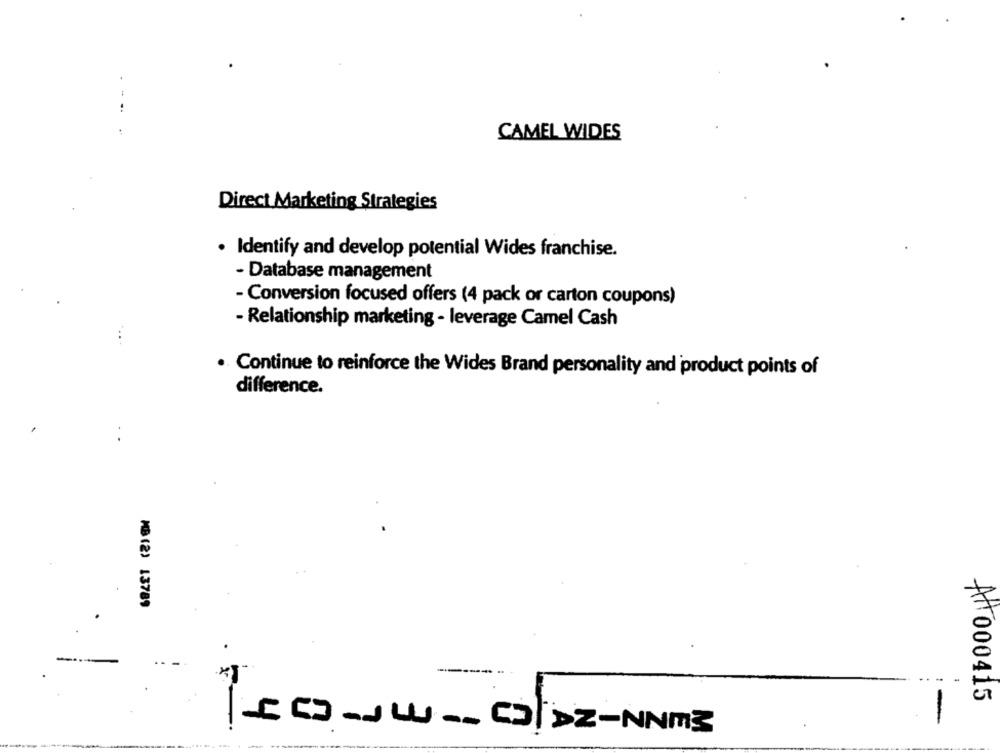
. -
CAMEL WIDES
Direct Marketing Strategies
· Identify and develop potential Wides franchise.
- Database management
- Conversion focused offers (4 pack or carton coupons)
- Relationship marketing - leverage Camel Cash
Continue to reinforce the Wides Brand personality and product points of
difference.
MB (2) 13789
-
A000415
-
CD-Jw -- DIDz-NNm3